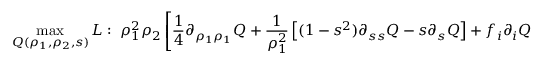
\operatorname* { m a x } _ { Q ( \rho _ { 1 } , \rho _ { 2 } , s ) } L : \; \rho _ { 1 } ^ { 2 } \rho _ { 2 } \left[ \frac { 1 } { 4 } \partial _ { \rho _ { 1 } \rho _ { 1 } } Q + \frac { 1 } { \rho _ { 1 } ^ { 2 } } \left[ ( 1 - s ^ { 2 } ) \partial _ { s s } Q - s \partial _ { s } Q \right] + f _ { i } \partial _ { i } Q + \phi - L \right] \in S o S ,